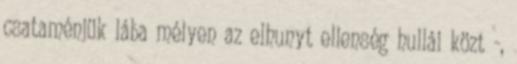
csataménjük lába mélyen az elhunyt ellenség hullái közt -,